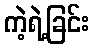
ကဲ့ရဲ့ခြင်း